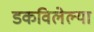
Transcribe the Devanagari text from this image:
डकविलेल्या